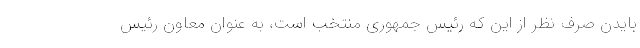
بایدن صرف نظر از این که رئیس جمهوری منتخب است، به عنوان معاون رئیس